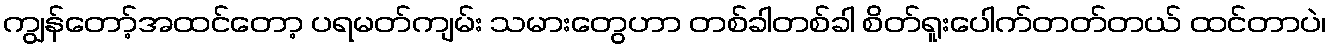
ကျွန်တော့်အထင်တော့ ပရမတ်ကျမ်း သမားတွေဟာ တစ်ခါတစ်ခါ စိတ်ရူးပေါက်တတ်တယ် ထင်တာပဲ၊